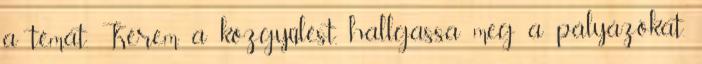
a témát. Kérem a közgyűlést, hallgassa meg a pályázókat.